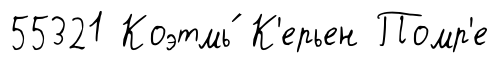
55321 Коэтмь́ К'ерьен Помр'е